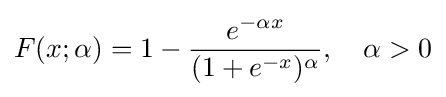
F(x;\alpha )=1-{\frac {e^{-\alpha x}}{(1+e^{-x})^{\alpha }}},\quad \alpha >0